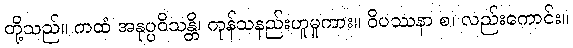
တို့သည်။ ကထံ အနုပ္ပဝိသန္တိ၊ ကုန်သနည်းဟူမူကား။ ဝိပဿနာ စ၊ လည်းကောင်း။